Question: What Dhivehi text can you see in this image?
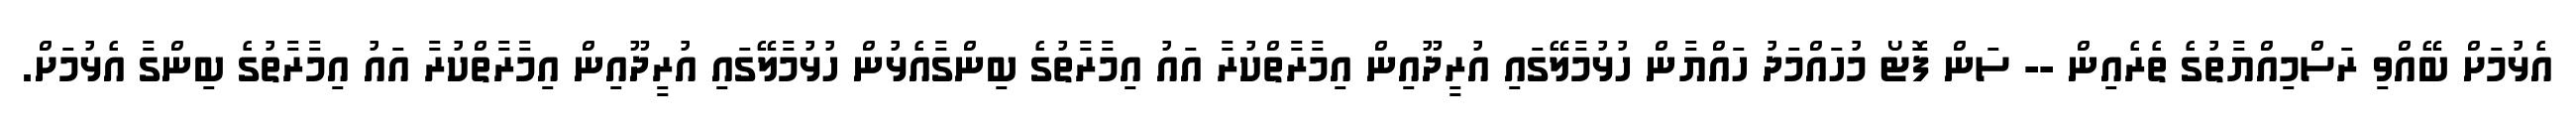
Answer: އެޅުމަށް ބޭއްވި ރަސްމިއްޔާތުގެ ތެރެއިން -- ސަން ފޮޓޯ މުހައްމަދު ހައްޔާން ހުޅުމާލޭގައި އުރީދޫއިން އިމާރާތްކުރާ އައު އިމާރާތުގެ ބިންގާއެޅުން ހުޅުމާލޭގައި އުރީދޫއިން އިމާރާތްކުރާ އައު އިމާރާތުގެ ބިންގާ އެޅުމަށް.